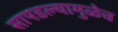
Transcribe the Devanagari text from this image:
सापडल्यामुळेच